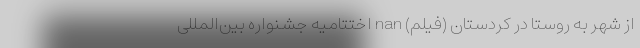
از شهر به روستا در کردستان (فیلم) nan اختتامیه جشنواره بین‌المللی